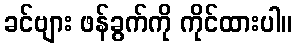
ခင်ဗျား ဖန်ခွက်ကို ကိုင်ထားပါ။